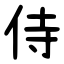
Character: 侍